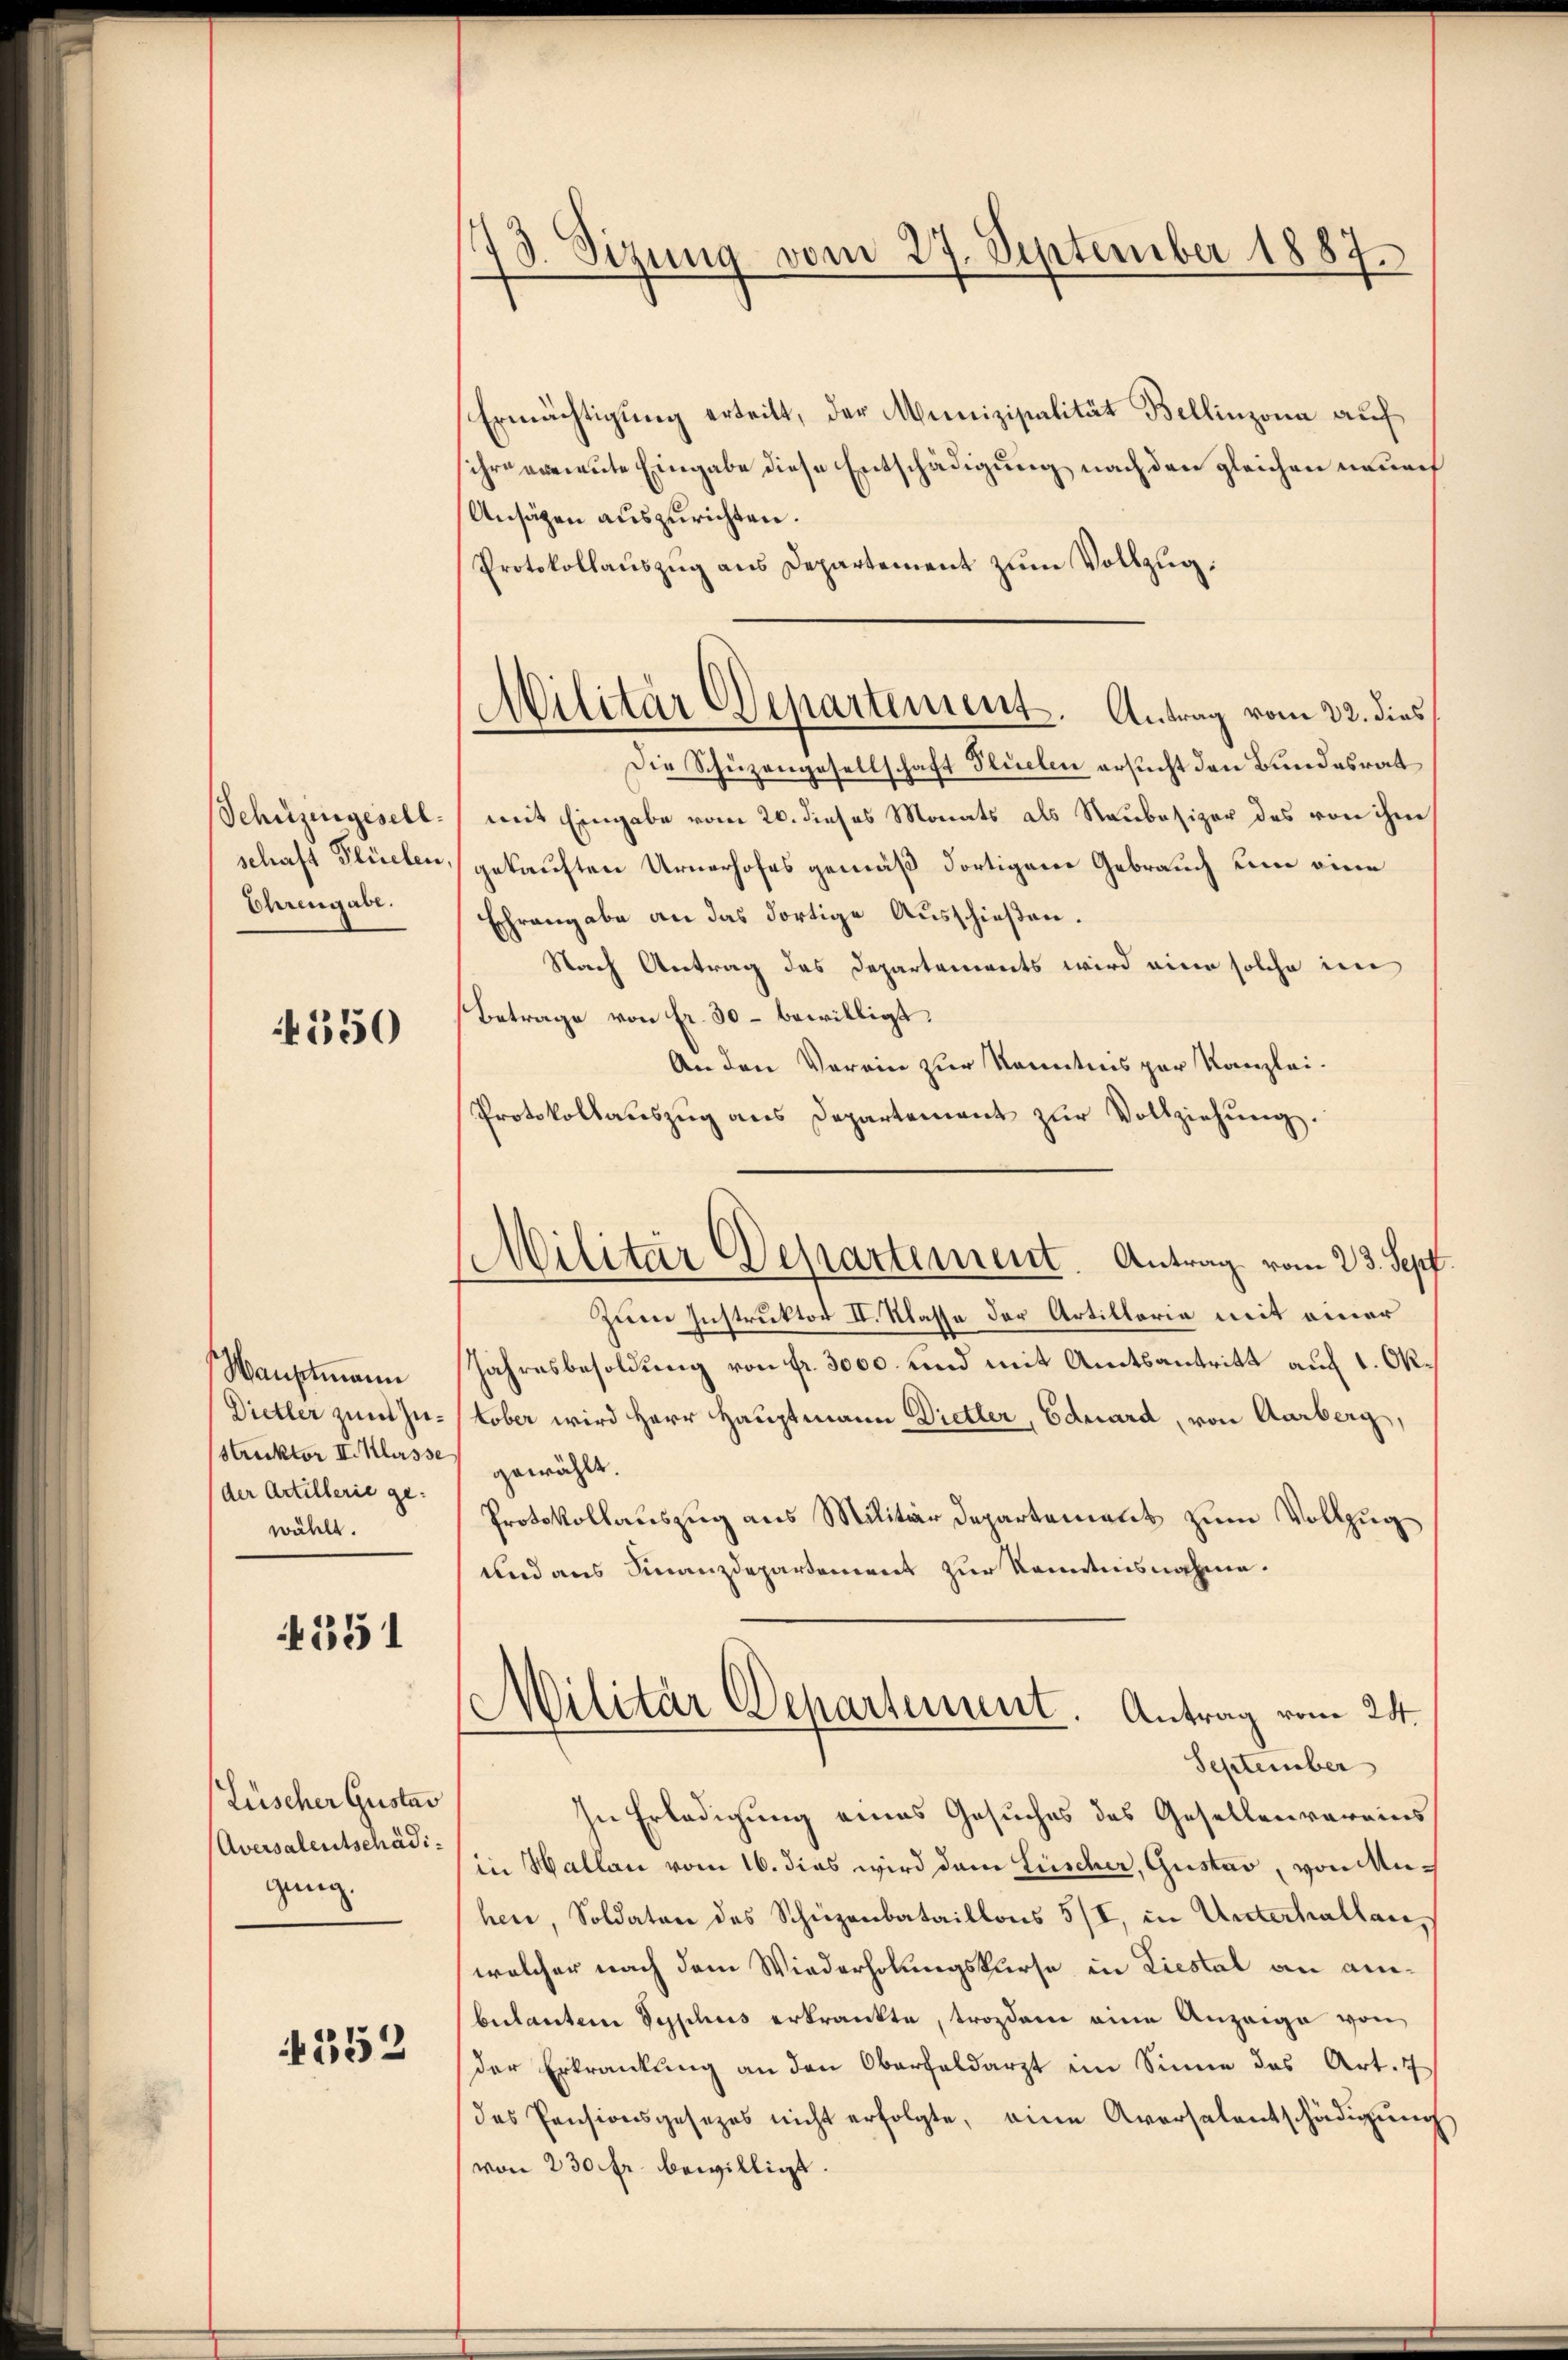
Schüzengesell
schaft Flüelen,
Ehrengabe.

4550

Hauptmann
Dietler zum Zu¬
Struktor II. Klasse
der Artillerie ge-
wählt.

4551

Lüscher Gustav
Aversalentschädigung.

352

78. Sizung vom 27. September 1887.

Militär Departement. Antrag vom 22. dies

Ermächtigung erteilt, der Munizipalität Bellinzona auf
ihre erneute Eingabe diese Entschädigung nach den gleichen unurch
Ansägen auszurichten.
Protokollaŭszŭg ans Departement zum Vollzug:
Die Schüzengesellschaft Flüelen ersucht den Bundesrat
mit Eingabe vom 20. dieses Monats als Staubesizer des von ihm
gekauften Urnerhofes gemäß dortigem Gebrauch um eine
Echrangabe an das dortige Ausschießen.
Nach Antrag des Departements wird eine solche im
Betrage von fr. 30 – bewilligt.
An den Verein zur Kenntnis par Kanzlei¬
Protokollaŭszŭg ans Departement zŭr Vollziehung.
Zum Instruktor II. Klasse der Artillaria mit einer
Jahresbesoldung von fr. 3000. und mit Amtsantritt auf 1. Ok.
tober wird Herr Hauptmann Dietler, Eduard, von Aarberg,
gewählt.
Protokollauszug aus Militärdepartement zum Vollzug
und aus Finanzdepartement zur Kenntnisnahme.
Militär Departement. Antrag vom 24.
September
In Erledigung eines Gesuches des Gesellen vereinsin Hallau vom 16. dies wird dem Lüscher, Gustav, von Muhen, Soldaten des Schüzenbataillons 5/I, in Unterhallen,
welcher nach dem Wiederholungskurse in Liestal an anbulanten Syphus erkrankte, trotzdem eine Anzeige von
Der Erkrankung an den Oberfeldarzt im Sinne das Art. 7
des Pensionsgesezes nicht erfolgte, eine Aversalentschädigŭng
von 230 fr. bewilligt.

Militär Departement. Antrag vom 23. Sept